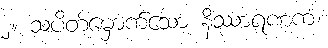
၂။ သပိတ်မှောက်သော နိဿာရဏကံ၊